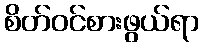
စိတ်ဝင်စားဖွယ်ရာ